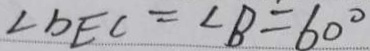
\angle b E C = \angle B = 6 0 ^ { \circ }